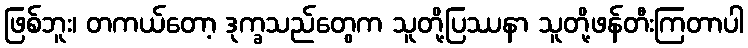
ဖြစ်ဘူး၊ တကယ်တော့ ဒုက္ခသည်တွေက သူတို့ပြဿနာ သူတို့ဖန်တီးကြတာပါ